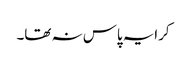
کرایہ پاس نہ تھا۔